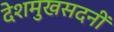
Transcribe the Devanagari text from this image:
देशमुखसदनीं